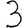
Digit: 3